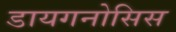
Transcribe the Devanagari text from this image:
डायगनोसिस